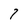
Character: 7